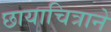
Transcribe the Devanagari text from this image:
छायाचित्राने